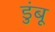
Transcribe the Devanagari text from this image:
डुंबू